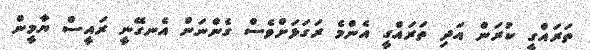
ތަރައްގީ ކުރަން އަދި ތަރައްގީ އެންމެ ރަގަޅަށްވެސް ގެންނަން އެނގޭނީ ރައީސް ޔާމީން